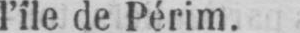
l’île de Périm.